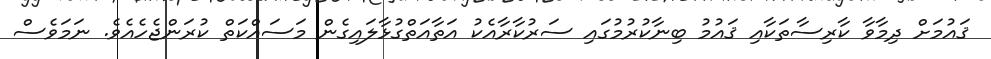
ޤައުމަށް ދިމާވާ ކާރިސާތަކާއި ޤައުމު ބިނާކުރުމުގައި ސަރުކާރާއެކު އަތާއަތްގުޅާލައިގެން މަސައްކަތް ކުރަންޖެހެއެވެ. ނަމަވެސް